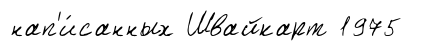
нап'и́санных Швайкарт 1975